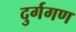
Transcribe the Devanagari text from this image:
दुर्गगण